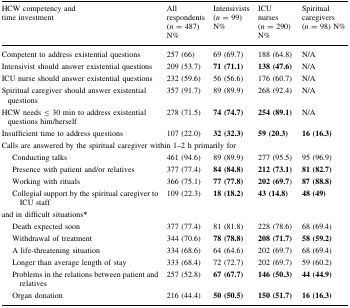
<table><thead><tr><td><b>HCW competency andtime investment</b></td><td><b>All respondents(<i>n</i> = 487) N%</b></td><td><b>Intensivists(<i>n</i> = 99) N%</b></td><td><b>ICU nurses(<i>n</i> = 290) N%</b></td><td><b>Spiritual caregivers(<i>n</i> = 98) N%</b></td></tr></thead><tbody><tr><td>Competent to address existential questions</td><td>257 (66)</td><td>69 (69.7)</td><td>188 (64.8)</td><td>N/A</td></tr><tr><td>Intensivist should answer existential questions</td><td>209 (53.7)</td><td><b>71 (71.1)</b></td><td><b>138 (47.6)</b></td><td>N/A</td></tr><tr><td>ICU nurse should answer existential questions</td><td>232 (59.6)</td><td>56 (56.6)</td><td>176 (60.7)</td><td>N/A</td></tr><tr><td>Spiritual caregiver should answer existential questions</td><td>357 (91.7)</td><td>89 (89.9)</td><td>268 (92.4)</td><td>N/A</td></tr><tr><td>HCW needs ≤ 30 min to address existential questions him/herself</td><td>278 (71.5)</td><td><b>74 (74.7)</b></td><td><b>254 (89.1)</b></td><td>N/A</td></tr><tr><td>Insufficient time to address questions</td><td>107 (22.0)</td><td><b>32 (32.3)</b></td><td><b>59 (20.3)</b></td><td><b>16 (16.3)</b></td></tr><tr><td colspan="5">Calls are answered by the spiritual caregiver within 1–2 h primarily for</td></tr><tr><td>Conducting talks</td><td>461 (94.6)</td><td>89 (89.9)</td><td>277 (95.5)</td><td>95 (96.9)</td></tr><tr><td>Presence with patient and/or relatives</td><td>377 (77.4)</td><td><b>84 (84.8)</b></td><td><b>212 (73.1)</b></td><td><b>81 (82.7)</b></td></tr><tr><td>Working with rituals</td><td>366 (75.1)</td><td><b>77 (77.8)</b></td><td><b>202 (69.7</b>)</td><td><b>87 (88.8)</b></td></tr><tr><td>Collegial support by the spiritual caregiver to ICU staff</td><td>109 (22.3)</td><td><b>18 (18.2)</b></td><td><b>43 (14.8)</b></td><td><b>48 (49)</b></td></tr><tr><td colspan="5">and in difficult situations<b>*</b></td></tr><tr><td>Death expected soon</td><td>377 (77.4)</td><td>81 (81.8)</td><td>228 (78.6)</td><td>68 (69.4)</td></tr><tr><td>Withdrawal of treatment</td><td>344 (70.6)</td><td><b>78 (78.8)</b></td><td><b>208 (71.7)</b></td><td><b>58 (59.2)</b></td></tr><tr><td>A life-threatening situation</td><td>334 (68.6)</td><td>64 (64.6)</td><td>202 (69.7)</td><td>68 (69.4)</td></tr><tr><td>Longer than average length of stay</td><td>333 (68.4)</td><td>72 (72.7)</td><td>202 (69.7)</td><td>59 (60.2)</td></tr><tr><td>Problems in the relations between patient and relatives</td><td>257 (52.8)</td><td><b>67 (67.7)</b></td><td><b>146 (50.3)</b></td><td><b>44 (44.9)</b></td></tr><tr><td>Organ donation</td><td>216 (44.4)</td><td><b>50 (50.5)</b></td><td><b>150 (51.7)</b></td><td><b>16 (16.3)</b></td></tr></tbody></table>